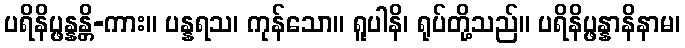
ပရိနိပ္ဖန္နန္တိ-ကား။ ပန္နရသ၊ ကုန်သော။ ရူပါနိ၊ ရုပ်တို့သည်။ ပရိနိပ္ဖန္နာနိနာမ၊